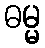
ဓမ္မ